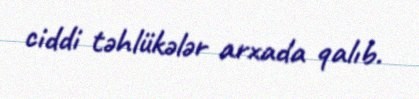
ciddi təhlükələr arxada qalıb.